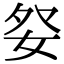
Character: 𡛹